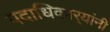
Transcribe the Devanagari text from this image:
पदाधिकार्‍यांनी